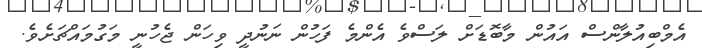
އެމްބިއުލާންސް އައުން މާބޮޑަށް ލަސްވެ އެންމެ ފަހުން ނަނުދީ ވިހަން ޖެހުނީ މަގުމައްޗަށެވެ.